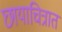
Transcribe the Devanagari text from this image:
छायाचित्रात